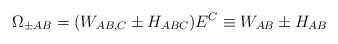
\begin{align*}\Omega_{ \pm AB}= (W_{AB, C} \pm H_{ABC} )E^C \equiv W_{AB} \pm H_{AB}\end{align*}